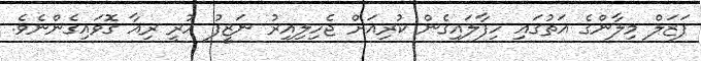
ފަޒަލް މިލާންގެ އަތުގައި ހިފާލައިގެން ކުރިއަށް ޖެހިލިއިރު ނަޒީފު ހުރީ ރިއާ ގޮވައިގެންނެވެ.